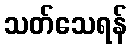
သတ်သေရန်